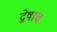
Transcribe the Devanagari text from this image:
द्वेषाच